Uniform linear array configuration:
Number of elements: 32
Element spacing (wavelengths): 0.75
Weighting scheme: binomial
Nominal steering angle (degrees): -45
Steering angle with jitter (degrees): -46.57
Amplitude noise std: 0.05
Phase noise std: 0.05

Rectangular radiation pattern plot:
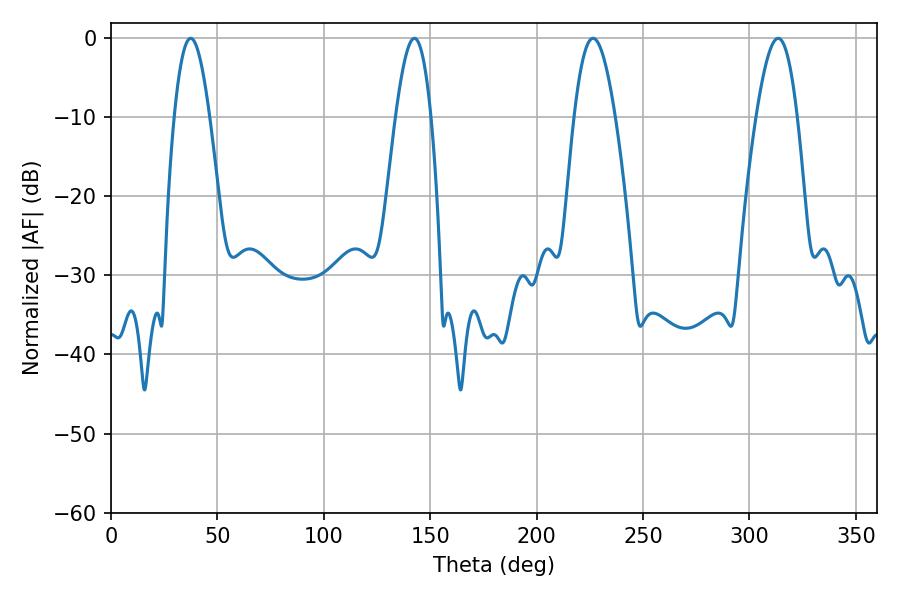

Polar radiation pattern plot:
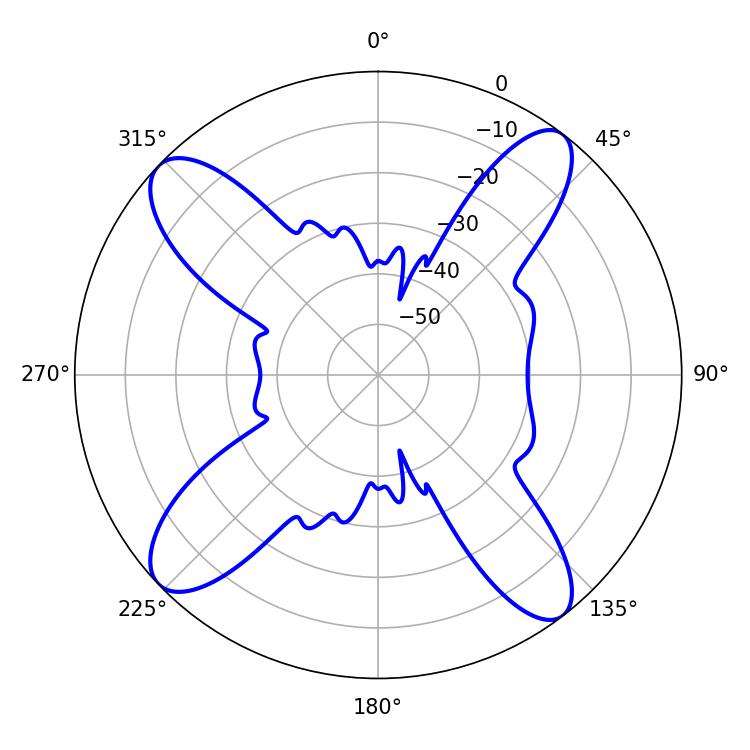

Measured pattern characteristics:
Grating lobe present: TRUE
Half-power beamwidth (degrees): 9
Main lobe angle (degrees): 37.44